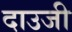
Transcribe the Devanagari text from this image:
दाउजी